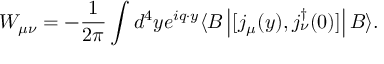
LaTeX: W _ { \mu \nu } = - \frac { 1 } { 2 \pi } \int d ^ { 4 } y e ^ { i q \cdot y } \langle B \left| [ j _ { \mu } ( y ) , j _ { \nu } ^ { \dagger } ( 0 ) ] \right| B \rangle .